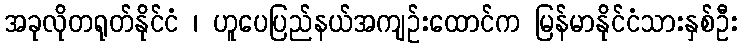
အခုလိုတရုတ်နိုင်ငံ ၊ ဟူပေပြည်နယ်အကျဉ်းထောင်က မြန်မာနိုင်ငံသားနှစ်ဦး